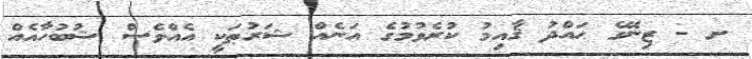
ށ - ޒިނޭގެ ޙައްދު ޤާއިމު ކުރެވުމުގެ އަނެއް ޝަރުޠަކީ އެއްވެސް ޝުބުހާއެއް